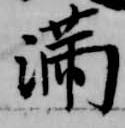
満